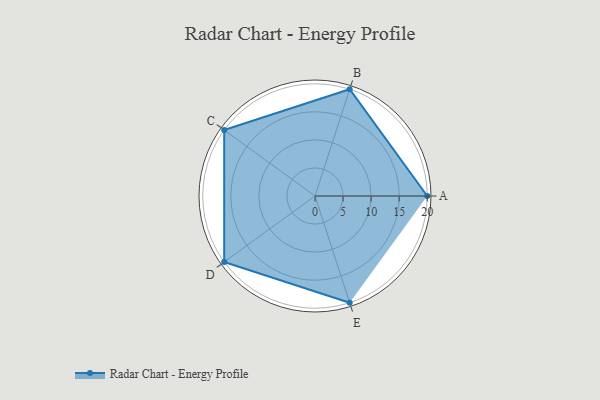
{"axis": {"x": "Skill", "y": "Score"}, "legend": ["Profile"], "data": [{"x": "A", "y": 20, "type": "Profile"}, {"x": "B", "y": 20, "type": "Profile"}, {"x": "C", "y": 20, "type": "Profile"}, {"x": "D", "y": 20, "type": "Profile"}, {"x": "E", "y": 20, "type": "Profile"}]}